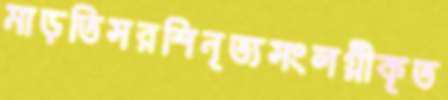
মাড়তিসরশিনৃত্যসংলগ্নীকৃত